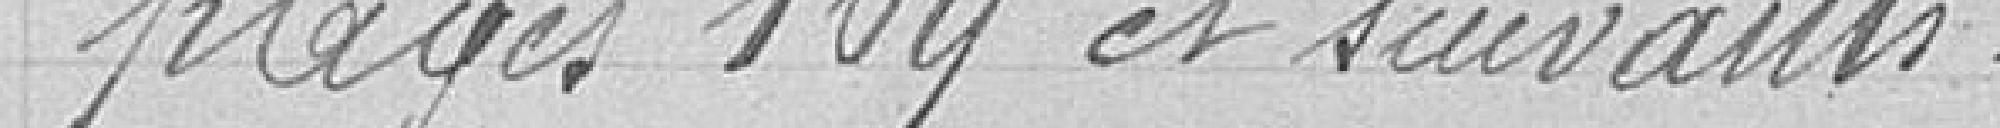
Pages 169 et suivantes